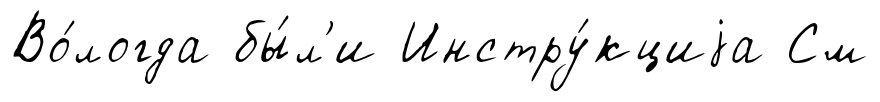
Во́логда бы́л'и Инстру́кциjа См